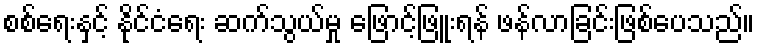
စစ်ရေးနှင့် နိုင်ငံရေး ဆက်သွယ်မှု ဖြောင့်ဖြူးရန် ဖန်လာခြင်းဖြစ်ပေသည်။